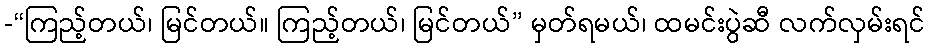
-“ကြည့်တယ်၊ မြင်တယ်။ ကြည့်တယ်၊ မြင်တယ်” မှတ်ရမယ်၊ ထမင်းပွဲဆီ လက်လှမ်းရင်